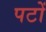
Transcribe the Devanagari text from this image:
पटों